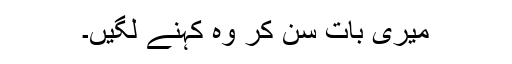
میری بات سن کر وہ کہنے لگیں۔